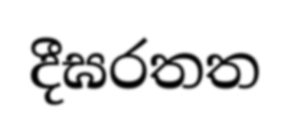
දීඝරතත